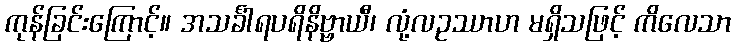
ကုန်ခြင်းကြောင့်။ အသင်္ခါရပရိနိဗ္ဗာယီ၊ လုံ့လဥဿာဟ မရှိသဖြင့် ကိလေသာ